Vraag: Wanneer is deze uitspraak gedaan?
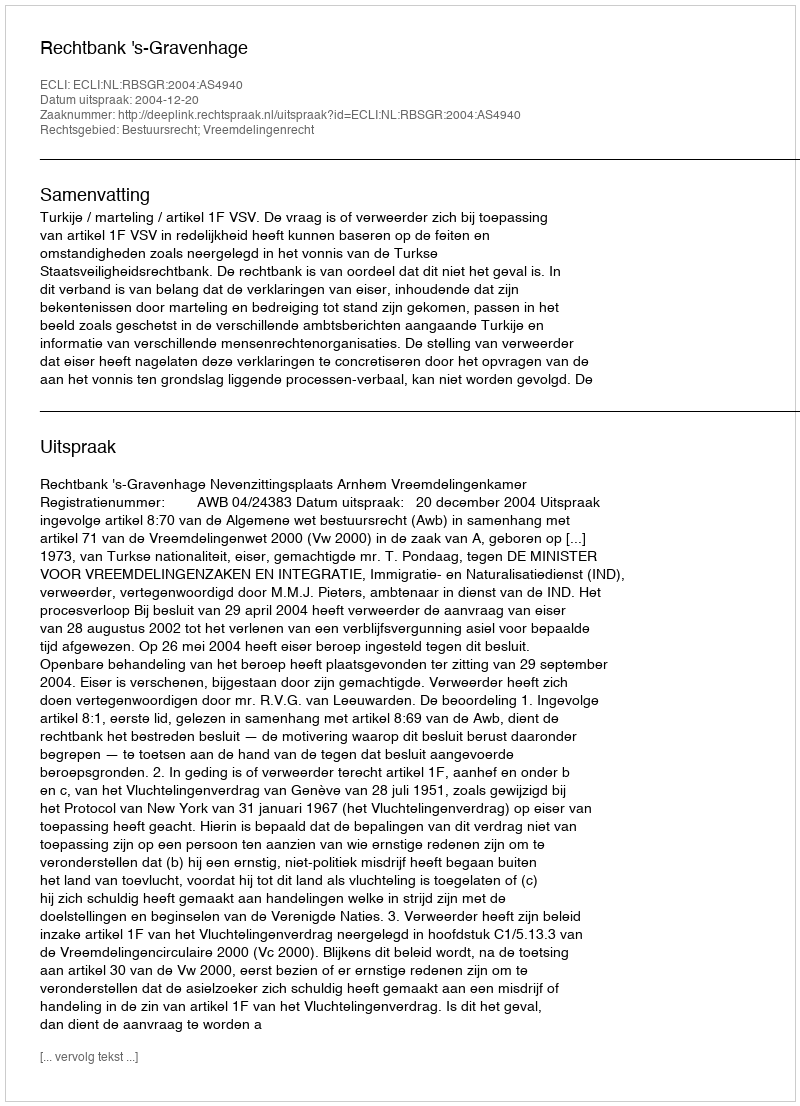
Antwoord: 2004-12-20